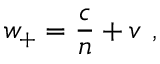
w _ { + } = { \frac { c } { n } } + v \ ,